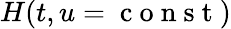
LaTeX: H(t,u=\mathrm{~c~o~n~s~t~})